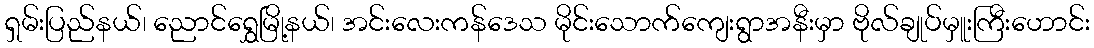
ရှမ်းပြည်နယ်၊ ညောင်ရွှေမြို့နယ်၊ အင်းလေးကန်ဒေသ မိုင်းသောက်ကျေးရွာအနီးမှာ ဗိုလ်ချုပ်မှူးကြီးဟောင်း